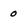
Character: 0